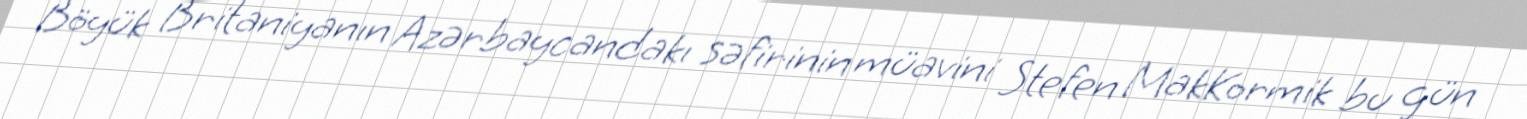
Böyük Britaniyanın Azərbaycandakı səfirinin müavini Stefen MakKormik bu gün